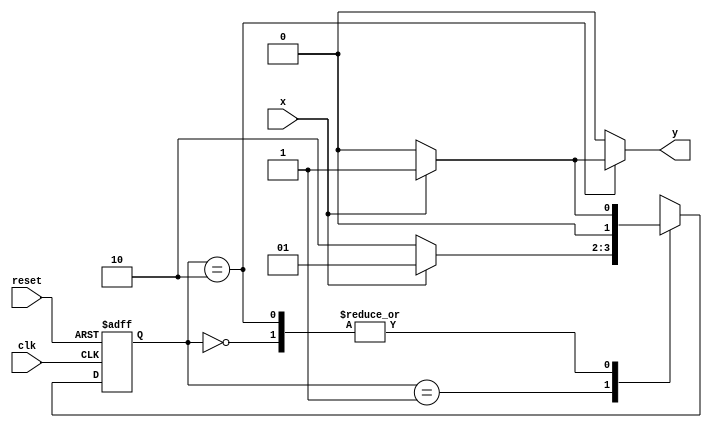
//Rafael Moreira Melo-405834 

`define found    1
`define notfound 0

module Ex01 ( y, x, clk, reset );

	output y;
	input  x;
	input  clk;
	input  reset;

	reg    y;

	parameter   
		start  = 2'b00,
		id0    = 2'b01,
		id01   = 2'b10;

	reg [1:0] E1;	// current state variables
	reg [1:0] E2;	// next state logic output

   always @( x or E1 )
		begin
		y = `notfound;
		
		case ( E1 )
			start:
				if ( x )
					E2 = id0;
				else
					E2 = start;
				
			id0:
				if ( x )
					E2 = id0;
				else
					E2 = id01;

			id01:
				if ( x )
				begin
					E2 =  id0;
					y  = `found;
				end
				else
				begin
					E2 =  start;
					y  = `notfound;
				end
	 
			default:				E2 =  2'bxx;
		endcase
	  
		end 		

		always @( posedge clk or negedge reset )
		begin
			if ( reset )
				E1 = E2;    // updates current state
			else
				E1 = 0;     // reset
		end // always at signal changing

endmodule 


module Teste;
	
	reg   clk, reset, x;
	wire  m1;

	Ex01 M1( m1, x, clk, reset );

	initial
	begin
		$display("Rafael Moreira Melo");
		$display("\n Tempo\tX   Sequencia a ser encontrada: 010" );

       clk   = 1;
       reset = 0;
       x     = 0;

		#10   reset = 1;
		#10  x = 1;
		#10  x = 0;
		#10  x = 0;
		#10  x = 1;
		#10  x = 0;
		#10  x = 1;
		#10  x = 1;
		#10  x = 1;
		#10  x = 1;
		#10  x = 0;
		#10  x = 1;
		#10  x = 1;
		#10  x = 1;
		#10  x = 0;
		#10  x = 1;
		#10  x = 0;
		#10  x = 0;
		#10  x = 0;
		
		#5 $finish;
	
	end

	always
		#5 clk = ~clk;

	always @( posedge clk )
	begin
		$display ( "%4d \t%b\t%b", $time, x, m1);
	end 

endmodule